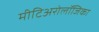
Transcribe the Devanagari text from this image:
मीटिअरोलॉजिका